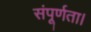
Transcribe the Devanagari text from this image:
संपूर्णता।